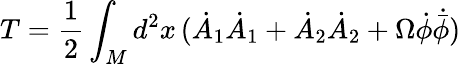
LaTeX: T=\frac{1}{2}\int_{M}d^{2}x\, (\dot{A}_{1}\dot{A}_{1}+\dot{A}_{2}\dot{A}_{2}+\Omega\dot{\phi}\dot{{\bar{\phi}}})